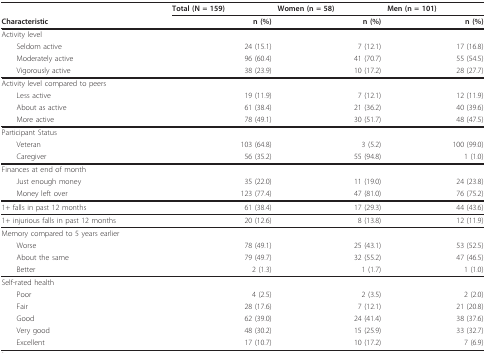
<table><thead><tr><td></td><td><b>Total (N = 159)</b></td><td><b>Women (n = 58)</b></td><td><b>Men (n = 101)</b></td></tr><tr><td><b>Characteristic</b></td><td><b>n (%)</b></td><td><b>n (%)</b></td><td><b>n (%)</b></td></tr></thead><tbody><tr><td>Activity level</td><td></td><td></td><td></td></tr><tr><td> Seldom active</td><td>24 (15.1)</td><td>7 (12.1)</td><td>17 (16.8)</td></tr><tr><td> Moderately active</td><td>96 (60.4)</td><td>41 (70.7)</td><td>55 (54.5)</td></tr><tr><td> Vigorously active</td><td>38 (23.9)</td><td>10 (17.2)</td><td>28 (27.7)</td></tr><tr><td>Activity level compared to peers</td><td></td><td></td><td></td></tr><tr><td> Less active</td><td>19 (11.9)</td><td>7 (12.1)</td><td>12 (11.9)</td></tr><tr><td> About as active</td><td>61 (38.4)</td><td>21 (36.2)</td><td>40 (39.6)</td></tr><tr><td> More active</td><td>78 (49.1)</td><td>30 (51.7)</td><td>48 (47.5)</td></tr><tr><td>Participant Status</td><td></td><td></td><td></td></tr><tr><td> Veteran</td><td>103 (64.8)</td><td>3 (5.2)</td><td>100 (99.0)</td></tr><tr><td> Caregiver</td><td>56 (35.2)</td><td>55 (94.8)</td><td>1 (1.0)</td></tr><tr><td>Finances at end of month</td><td></td><td></td><td></td></tr><tr><td> Just enough money</td><td>35 (22.0)</td><td>11 (19.0)</td><td>24 (23.8)</td></tr><tr><td> Money left over</td><td>123 (77.4)</td><td>47 (81.0)</td><td>76 (75.2)</td></tr><tr><td>1+ falls in past 12 months</td><td>61 (38.4)</td><td>17 (29.3)</td><td>44 (43.6)</td></tr><tr><td>1+ injurious falls in past 12 months</td><td>20 (12.6)</td><td>8 (13.8)</td><td>12 (11.9)</td></tr><tr><td>Memory compared to 5 years earlier</td><td></td><td></td><td></td></tr><tr><td> Worse</td><td>78 (49.1)</td><td>25 (43.1)</td><td>53 (52.5)</td></tr><tr><td> About the same</td><td>79 (49.7)</td><td>32 (55.2)</td><td>47 (46.5)</td></tr><tr><td> Better</td><td>2 (1.3)</td><td>1 (1.7)</td><td>1 (1.0)</td></tr><tr><td>Self-rated health</td><td></td><td></td><td></td></tr><tr><td> Poor</td><td>4 (2.5)</td><td>2 (3.5)</td><td>2 (2.0)</td></tr><tr><td> Fair</td><td>28 (17.6)</td><td>7 (12.1)</td><td>21 (20.8)</td></tr><tr><td> Good</td><td>62 (39.0)</td><td>24 (41.4)</td><td>38 (37.6)</td></tr><tr><td> Very good</td><td>48 (30.2)</td><td>15 (25.9)</td><td>33 (32.7)</td></tr><tr><td> Excellent</td><td>17 (10.7)</td><td>10 (17.2)</td><td>7 (6.9)</td></tr></tbody></table>